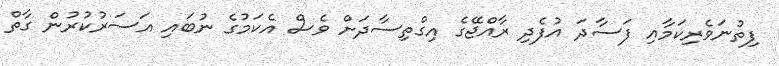
ފިތުނަވެރިކަމާއި ފަސާދަ އުފެދި ރާއްޖޭގެ އިގްތިސާދަށް ވެސް އެކަމުގެ ނުބައި އަސަރުކުރުން ގާތް